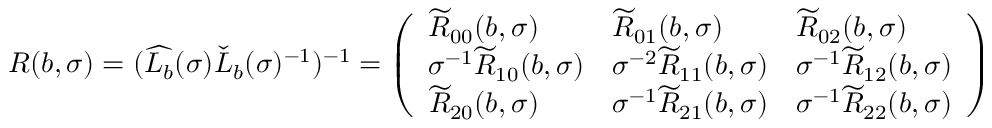
R ( b , \sigma ) = ( \widehat { L _ { b } } ( \sigma ) \check { L } _ { b } ( \sigma ) ^ { - 1 } ) ^ { - 1 } = \left( \begin{array} { l l l } { \widetilde { R } _ { 0 0 } ( b , \sigma ) } & { \widetilde { R } _ { 0 1 } ( b , \sigma ) } & { \widetilde { R } _ { 0 2 } ( b , \sigma ) } \\ { \sigma ^ { - 1 } \widetilde { R } _ { 1 0 } ( b , \sigma ) } & { \sigma ^ { - 2 } \widetilde { R } _ { 1 1 } ( b , \sigma ) } & { \sigma ^ { - 1 } \widetilde { R } _ { 1 2 } ( b , \sigma ) } \\ { \widetilde { R } _ { 2 0 } ( b , \sigma ) } & { \sigma ^ { - 1 } \widetilde { R } _ { 2 1 } ( b , \sigma ) } & { \sigma ^ { - 1 } \widetilde { R } _ { 2 2 } ( b , \sigma ) } \end{array} \right)